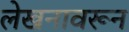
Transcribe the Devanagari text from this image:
लेखनावरून